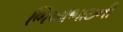
ભિખાભાઇની